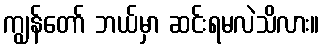
ကျွန်တော် ဘယ်မှာ ဆင်းရမလဲသိလား။